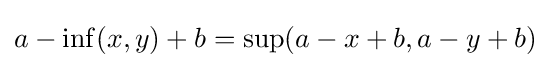
a-\inf(x,y)+b=\sup(a-x+b,a-y+b)